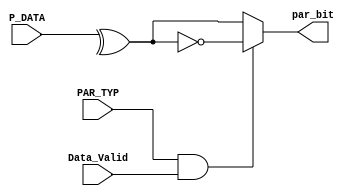
module parity_type(

input wire [7:0] P_DATA,
input wire Data_Valid,
input wire PAR_TYP,
output reg par_bit


);



always@(*)

begin

if(PAR_TYP && Data_Valid)

begin 

par_bit = ~(^P_DATA);


end 


else

begin

par_bit = (^P_DATA);

end




end



endmodule